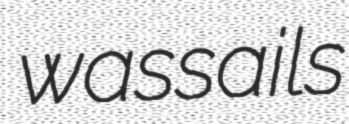
wassails